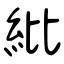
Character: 紕